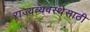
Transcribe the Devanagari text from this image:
राज्यव्यवस्थेसाठी